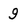
Character: 9